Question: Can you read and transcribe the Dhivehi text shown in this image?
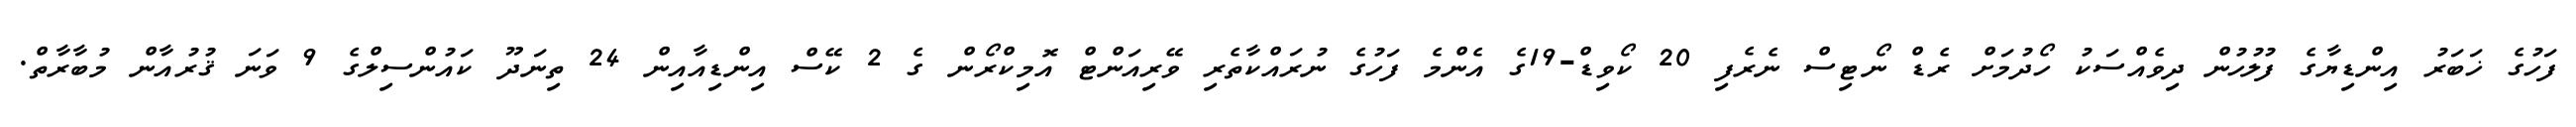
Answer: ފަހުގެ ޚަބަރު އިންޑިޔާގެ ފުލުހުން ދިވެއްސަކު ހޯދުމަށް ރެޑް ނޯޓިސް ނެރެފި 20 ކޯވިޑް-19ގެ އެންމެ ފަހުގެ ނުރައްކާތެރި ވޭރިއަންޓް އޮމިކްރޯން ގެ 2 ކޭސް އިންޑިއާއިން 24 ތިނަދޫ ކައުންސިލްގެ 9 ވަނަ ޤުރުއާން މުބާރާތް.